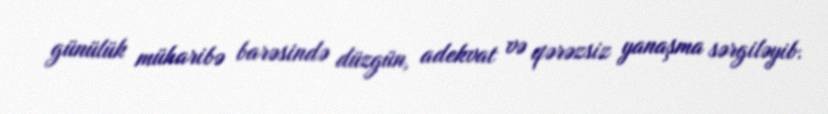
günülük müharibə barəsində düzgün, adekvat və qərəzsiz yanaşma sərgiləyib.